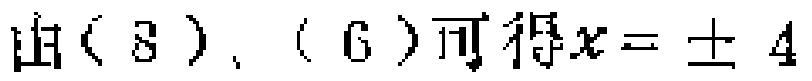
由（8）、（6）可得\(x = \pm 4\)